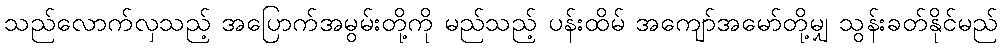
သည်လောက်လှသည့် အပြောက်အမွမ်းတို့ကို မည်သည့် ပန်းထိမ် အကျော်အမော်တို့မျှ သွန်းခတ်နိုင်မည်